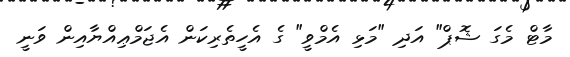
މާޓް މެގަ ޝޮޕް" އަދި "މަޅި އެމްވީ" ގެ އެހީތެރިކަން އެޖަމްޢިއްޔާއިން ވަނީ